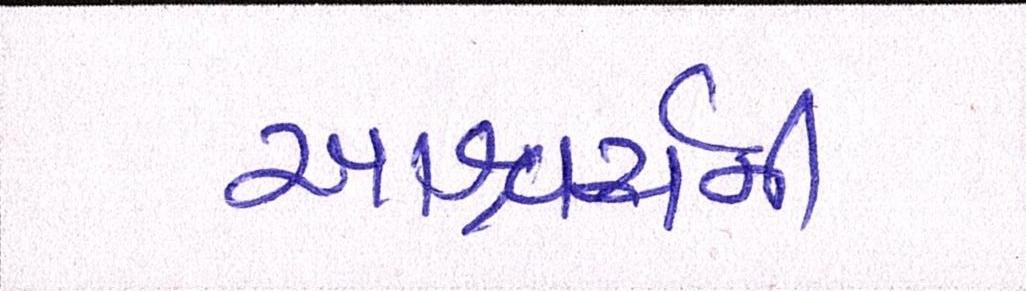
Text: આશ્ચર્ચની